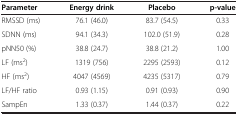
<table><thead><tr><td><b>Parameter</b></td><td><b>Energy drink</b></td><td><b>Placebo</b></td><td><b>p-value</b></td></tr></thead><tbody><tr><td>RMSSD (ms)</td><td>76.1 (46.0)</td><td>83.7 (54.5)</td><td>0.33</td></tr><tr><td>SDNN (ms)</td><td>94.1 (34.3)</td><td>102.0 (51.9)</td><td>0.28</td></tr><tr><td>pNN50 (%)</td><td>38.8 (24.7)</td><td>38.8 (21.2)</td><td>1.00</td></tr><tr><td>LF (ms<sup>2</sup>)</td><td>1319 (756)</td><td>2295 (2593)</td><td>0.12</td></tr><tr><td>HF (ms<sup>2</sup>)</td><td>4047 (4569)</td><td>4235 (5317)</td><td>0.79</td></tr><tr><td>LF/HF ratio</td><td>0.93 (1.15)</td><td>0.91 (0.93)</td><td>0.90</td></tr><tr><td>SampEn</td><td>1.33 (0.37)</td><td>1.44 (0.37)</td><td>0.22</td></tr></tbody></table>